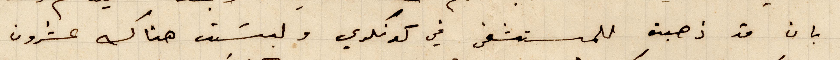
بان قد ذهبت للمستشفى في كونكري ولبست هناك عشرون